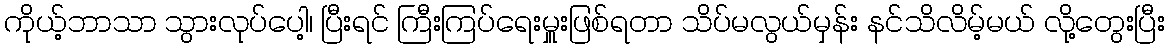
ကိုယ့်ဘာသာ သွားလုပ်ပေါ့၊ ပြီးရင် ကြီးကြပ်ရေးမှူးဖြစ်ရတာ သိပ်မလွယ်မှန်း နင်သိလိမ့်မယ် လို့တွေးပြီး